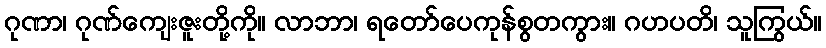
ဂုဏာ၊ ဂုဏ်ကျေးဇူးတို့ကို။ လာဘာ၊ ရတော်ပေကုန်စွတကွား။ ဂဟပတိ၊ သူကြွယ်။